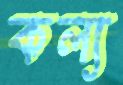
কল্য